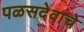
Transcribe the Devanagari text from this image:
पळसदेवाचे